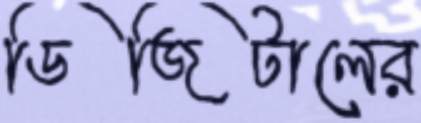
ডিজিটালের